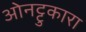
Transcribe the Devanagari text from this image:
ओनट्टुकारा